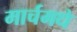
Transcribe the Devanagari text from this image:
मार्चमधे